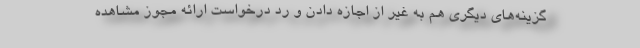
گزینه‌های دیگری هم به غیر از اجازه دادن و رد درخواست ارائه مجوز مشاهده